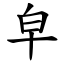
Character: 皁